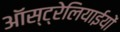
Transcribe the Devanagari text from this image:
ऑस्ट्रेलियाईयों